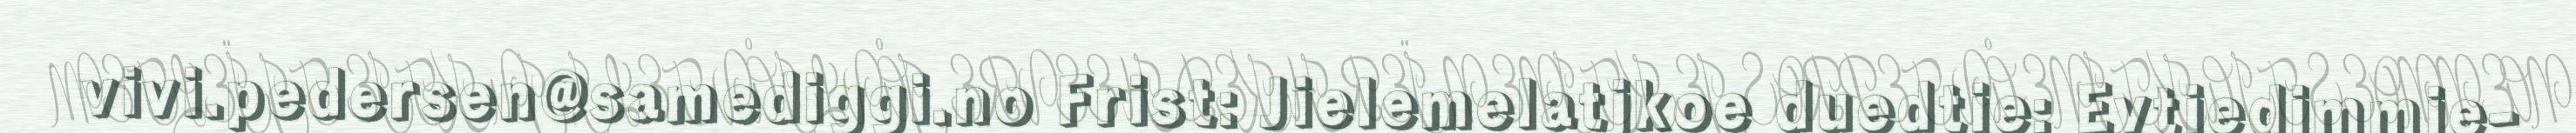
vivi.pedersen@samediggi.no Frist: Jielemelatjkoe duedtie: Evtiedimmie-